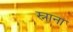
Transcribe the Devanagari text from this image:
स्नाना